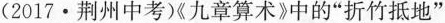
（2017·荆州中考）《九章算术》中的“折竹抵地”